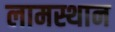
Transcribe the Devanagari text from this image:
लामस्थान